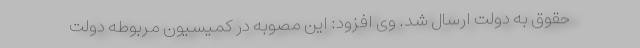
حقوق به دولت ارسال شد. وی افزود: این مصوبه در کمیسیون مربوطه دولت